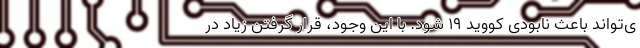
ی‌تواند باعث نابودی کووید ۱۹ شود. با این وجود، قرار گرفتن زیاد در